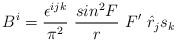
\begin{align*}B^i= \frac{\epsilon^{ijk}}{\pi^2}~\frac{sin^2F}{r}~F'~{\hat{r}}_j s_k\end{align*}